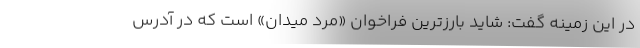
در این زمینه گفت: شاید بارزترین فراخوان «مرد میدان» است که در آدرس